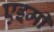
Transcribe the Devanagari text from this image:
एइमी